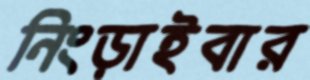
নিংড়াইবার